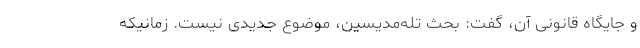
و جایگاه قانونی آن، گفت: بحث تله‌مدیسین، موضوع جدیدی نیست. زمانیکه